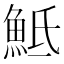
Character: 𩶅